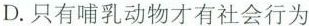
D.只有哺乳动物才有社会行为